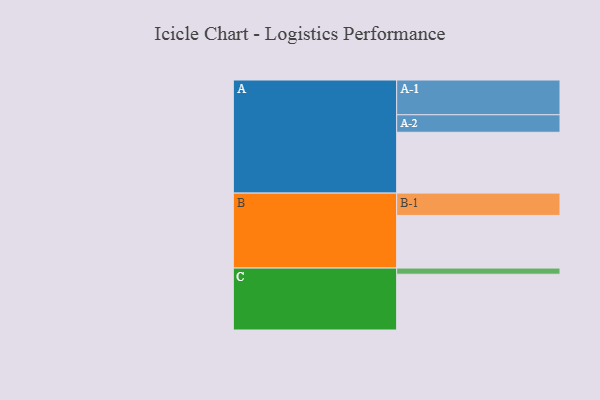
{"axis": {"x": "Segment", "y": "Value"}, "legend": ["", "A", "B", "C"], "data": [{"x": "A", "y": 504, "type": ""}, {"x": "B", "y": 436, "type": ""}, {"x": "C", "y": 462, "type": ""}, {"x": "A-1", "y": 288, "type": "A"}, {"x": "A-2", "y": 145, "type": "A"}, {"x": "B-1", "y": 185, "type": "B"}, {"x": "C-1", "y": 51, "type": "C"}]}